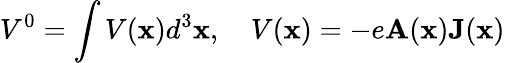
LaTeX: V^{0}=\int V({\mathbf x})d^{3}{\mathbf x},\quad V({\mathbf x})=-e{\mathbf A}({\mathbf x}){\mathbf J}({\mathbf x})